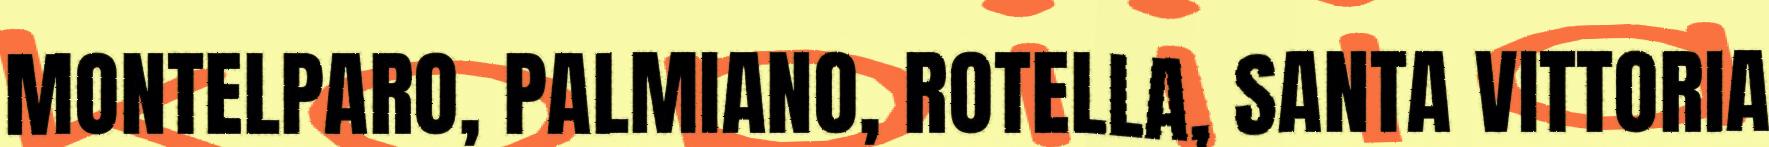
MONTELPARO, PALMIANO, ROTELLA, SANTA VITTORIA